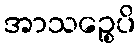
အာသဉ္စေပိ